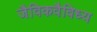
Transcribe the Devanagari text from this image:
जैविकवैविध्य